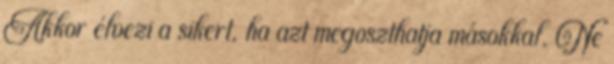
Akkor élvezi a sikert, ha azt megoszthatja másokkal. Ne